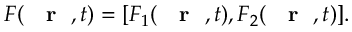
{ \cal F } ( \mathrm { ~ { ~ \bf ~ r ~ } ~ } , t ) = [ { \cal F } _ { 1 } ( \mathrm { ~ { ~ \bf ~ r ~ } ~ } , t ) , { \cal F } _ { 2 } ( \mathrm { ~ { ~ \bf ~ r ~ } ~ } , t ) ] .